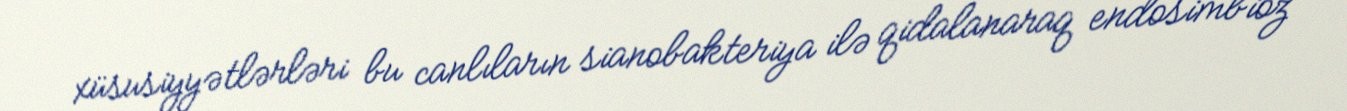
xüsusiyyətlərləri bu canlıların sianobakteriya ilə qidalanaraq endosimbioz